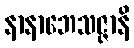
နာနာဘေသဇ္ဇာနိ